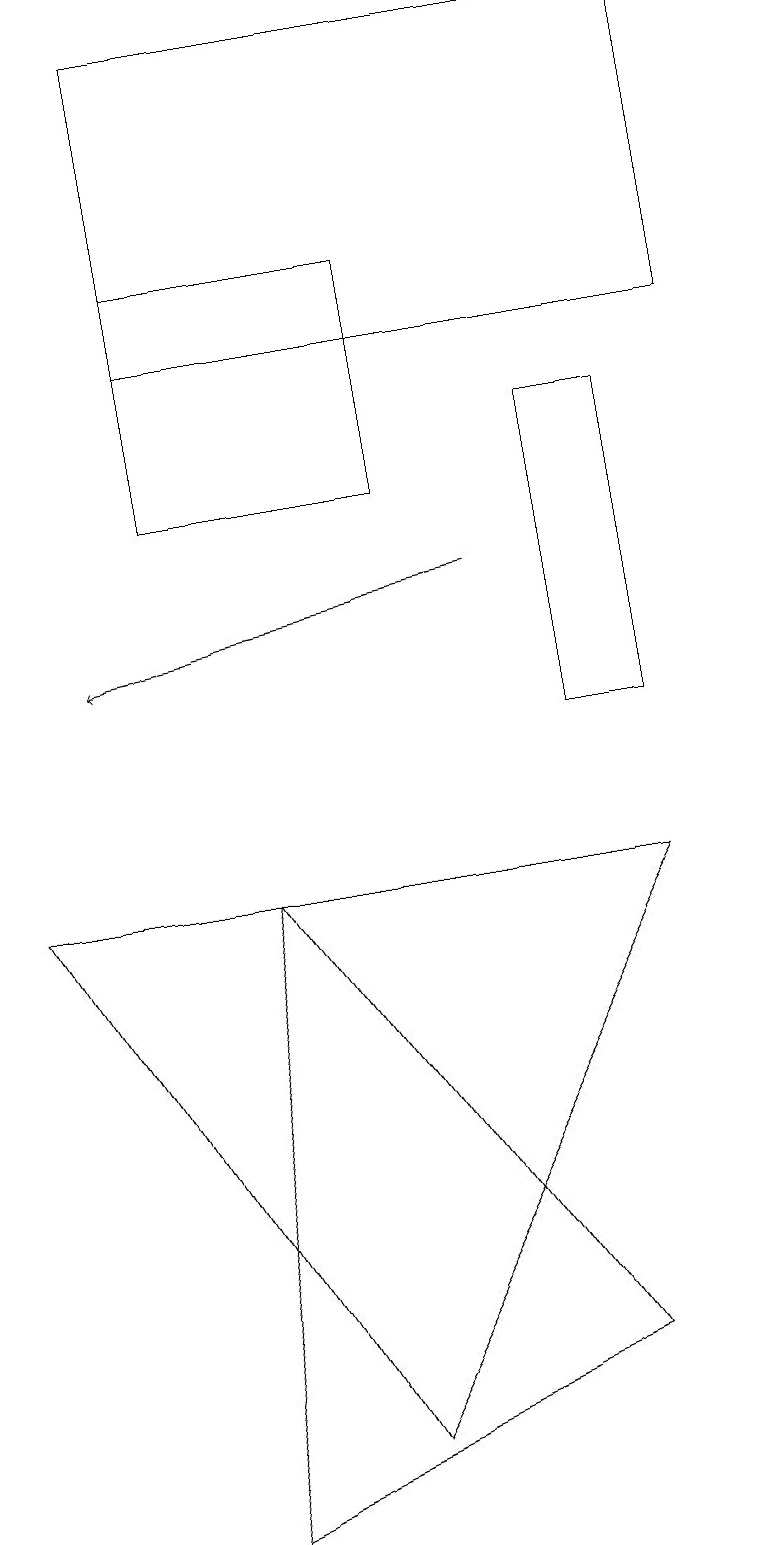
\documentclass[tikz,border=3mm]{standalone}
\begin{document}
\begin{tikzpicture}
\draw[->] (6,12) -- (1,11);
\draw (8,10) rectangle (7,14);
\draw (3,8) -- (2,0) -- (7,2) -- cycle;
\draw (5,16) rectangle (2,13);
\draw (8,8) -- (0,8) -- (4,1) -- cycle;
\draw (2,15) rectangle (9,19);
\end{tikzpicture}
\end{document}